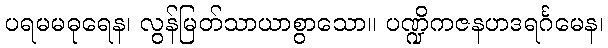
ပရမမဓုရေန၊ လွန်မြတ်သာယာစွာသော။ ပဏ္ဍိကဇနဟဒရင်္ဂမေန၊